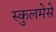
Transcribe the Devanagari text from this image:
स्कुलमेसे